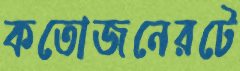
কতোজনেরটে